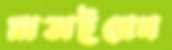
মাতাইবেন